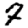
Digit: 7